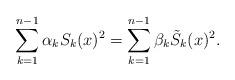
LaTeX: \begin{align*}\sum_{k=1}^{n-1}\alpha_k S_k(x)^2=\sum_{k=1}^{n-1}\beta_k\tilde{S}_k(x)^2.\end{align*}